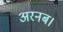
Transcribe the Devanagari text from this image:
अरनब।